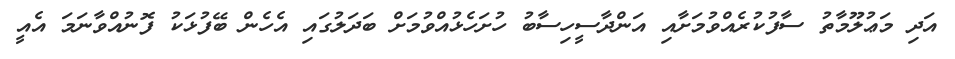
އަދި މަޢުލޫމާތު ސާފުކުރެއްވުމަށާއި އަންދާސީހިސާބު ހުށަހެޅުއްވުމަށް ބަދަލުގައި އެހެން ބޭފުޅަކު ފޮނުއްވާނަމަ އެއީ